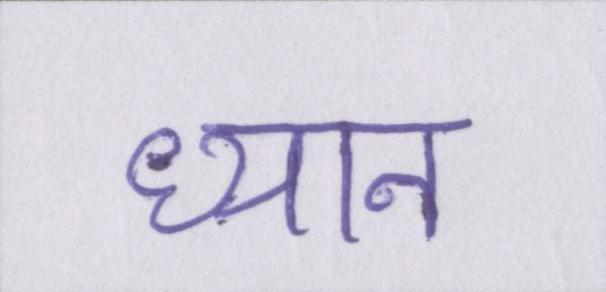
ध्यान